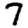
Digit: 7